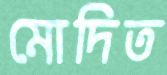
মোদিত